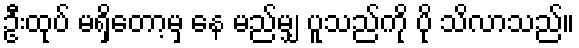
ဦးထုပ် မရှိတော့မှ နေ မည်မျှ ပူသည်ကို ပို သိလာသည်။